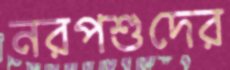
নরপশুদের